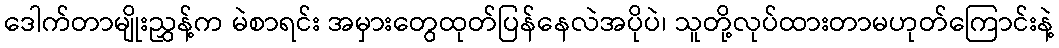
ဒေါက်တာမျိုးညွှန့်က မဲစာရင်း အမှားတွေထုတ်ပြန်နေလဲအပိုပဲ၊ သူတို့လုပ်ထားတာမဟုတ်ကြောင်းနဲ့